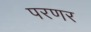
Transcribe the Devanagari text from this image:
परणर